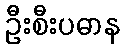
ဦးစီးပဓာန